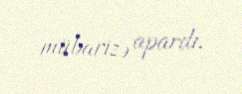
mübarizə apardı.